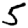
Digit: 5